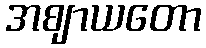
အဈာယတော